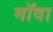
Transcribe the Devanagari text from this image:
मॉवा